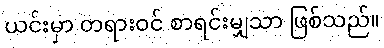
ယင်းမှာ တရားဝင် စာရင်းမျှသာ ဖြစ်သည်။